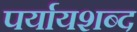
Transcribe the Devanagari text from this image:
पर्यायशब्द